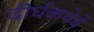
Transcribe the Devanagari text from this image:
दीर्घकथेचे